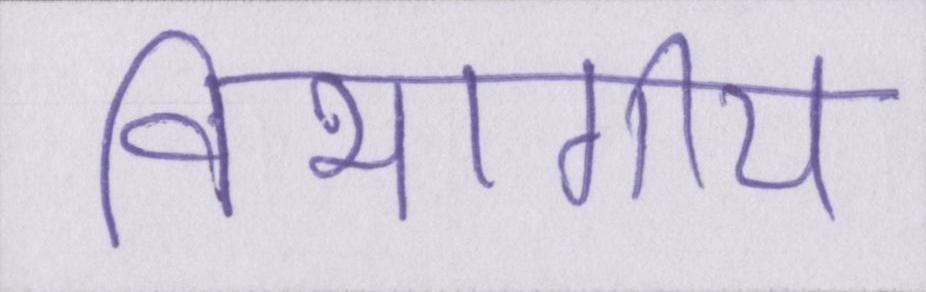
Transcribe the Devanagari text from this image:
विभागीय